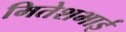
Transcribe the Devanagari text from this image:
मितेशभाई